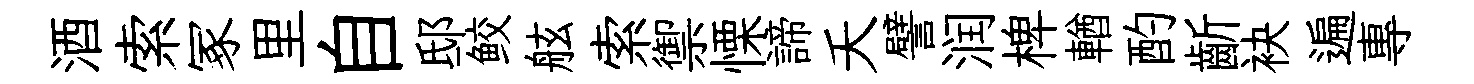
酒索冢里自邸鲛舷索禦慄諦夭譬润椑輶酌齗袂遍專